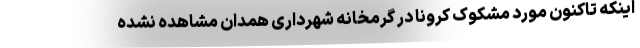
اینکه تاکنون مورد مشکوک کرونا در گرمخانه شهرداری همدان مشاهده نشده